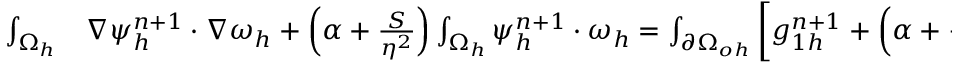
\begin{array} { r l } { \small \int _ { \Omega _ { h } } } & { { } \nabla \psi _ { h } ^ { n + 1 } \cdot \nabla \omega _ { h } + \left( \alpha + \frac { S } { \eta ^ { 2 } } \right) \int _ { \Omega _ { h } } \psi _ { h } ^ { n + 1 } \cdot \omega _ { h } = \int _ { \partial \Omega _ { o h } } \left[ g _ { 1 h } ^ { n + 1 } + \left( \alpha + \frac { S } { \eta ^ { 2 } } \right) g _ { 2 h } ^ { n + 1 } \right] \omega _ { h } } \end{array}